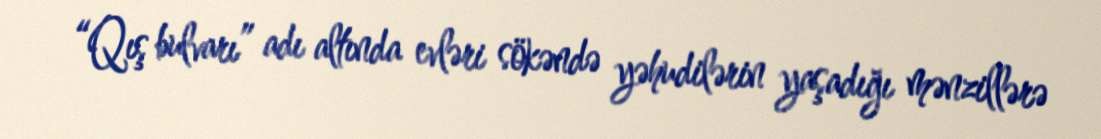
“Qış bulvarı” adı altında evləri sökəndə yəhudilərin yaşadığı mənzillərə